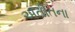
અતીતના